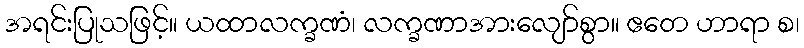
အရင်းပြုသဖြင့်။ ယထာလက္ခဏံ၊ လက္ခဏာအားလျော်စွာ။ ဧတေ ဟာရာ စ၊